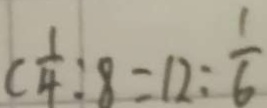
c \frac { 1 } { 4 } : 8 = 1 2 : \frac { 1 } { 6 }